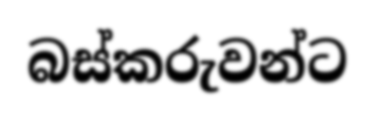
බස්කරුවන්ට